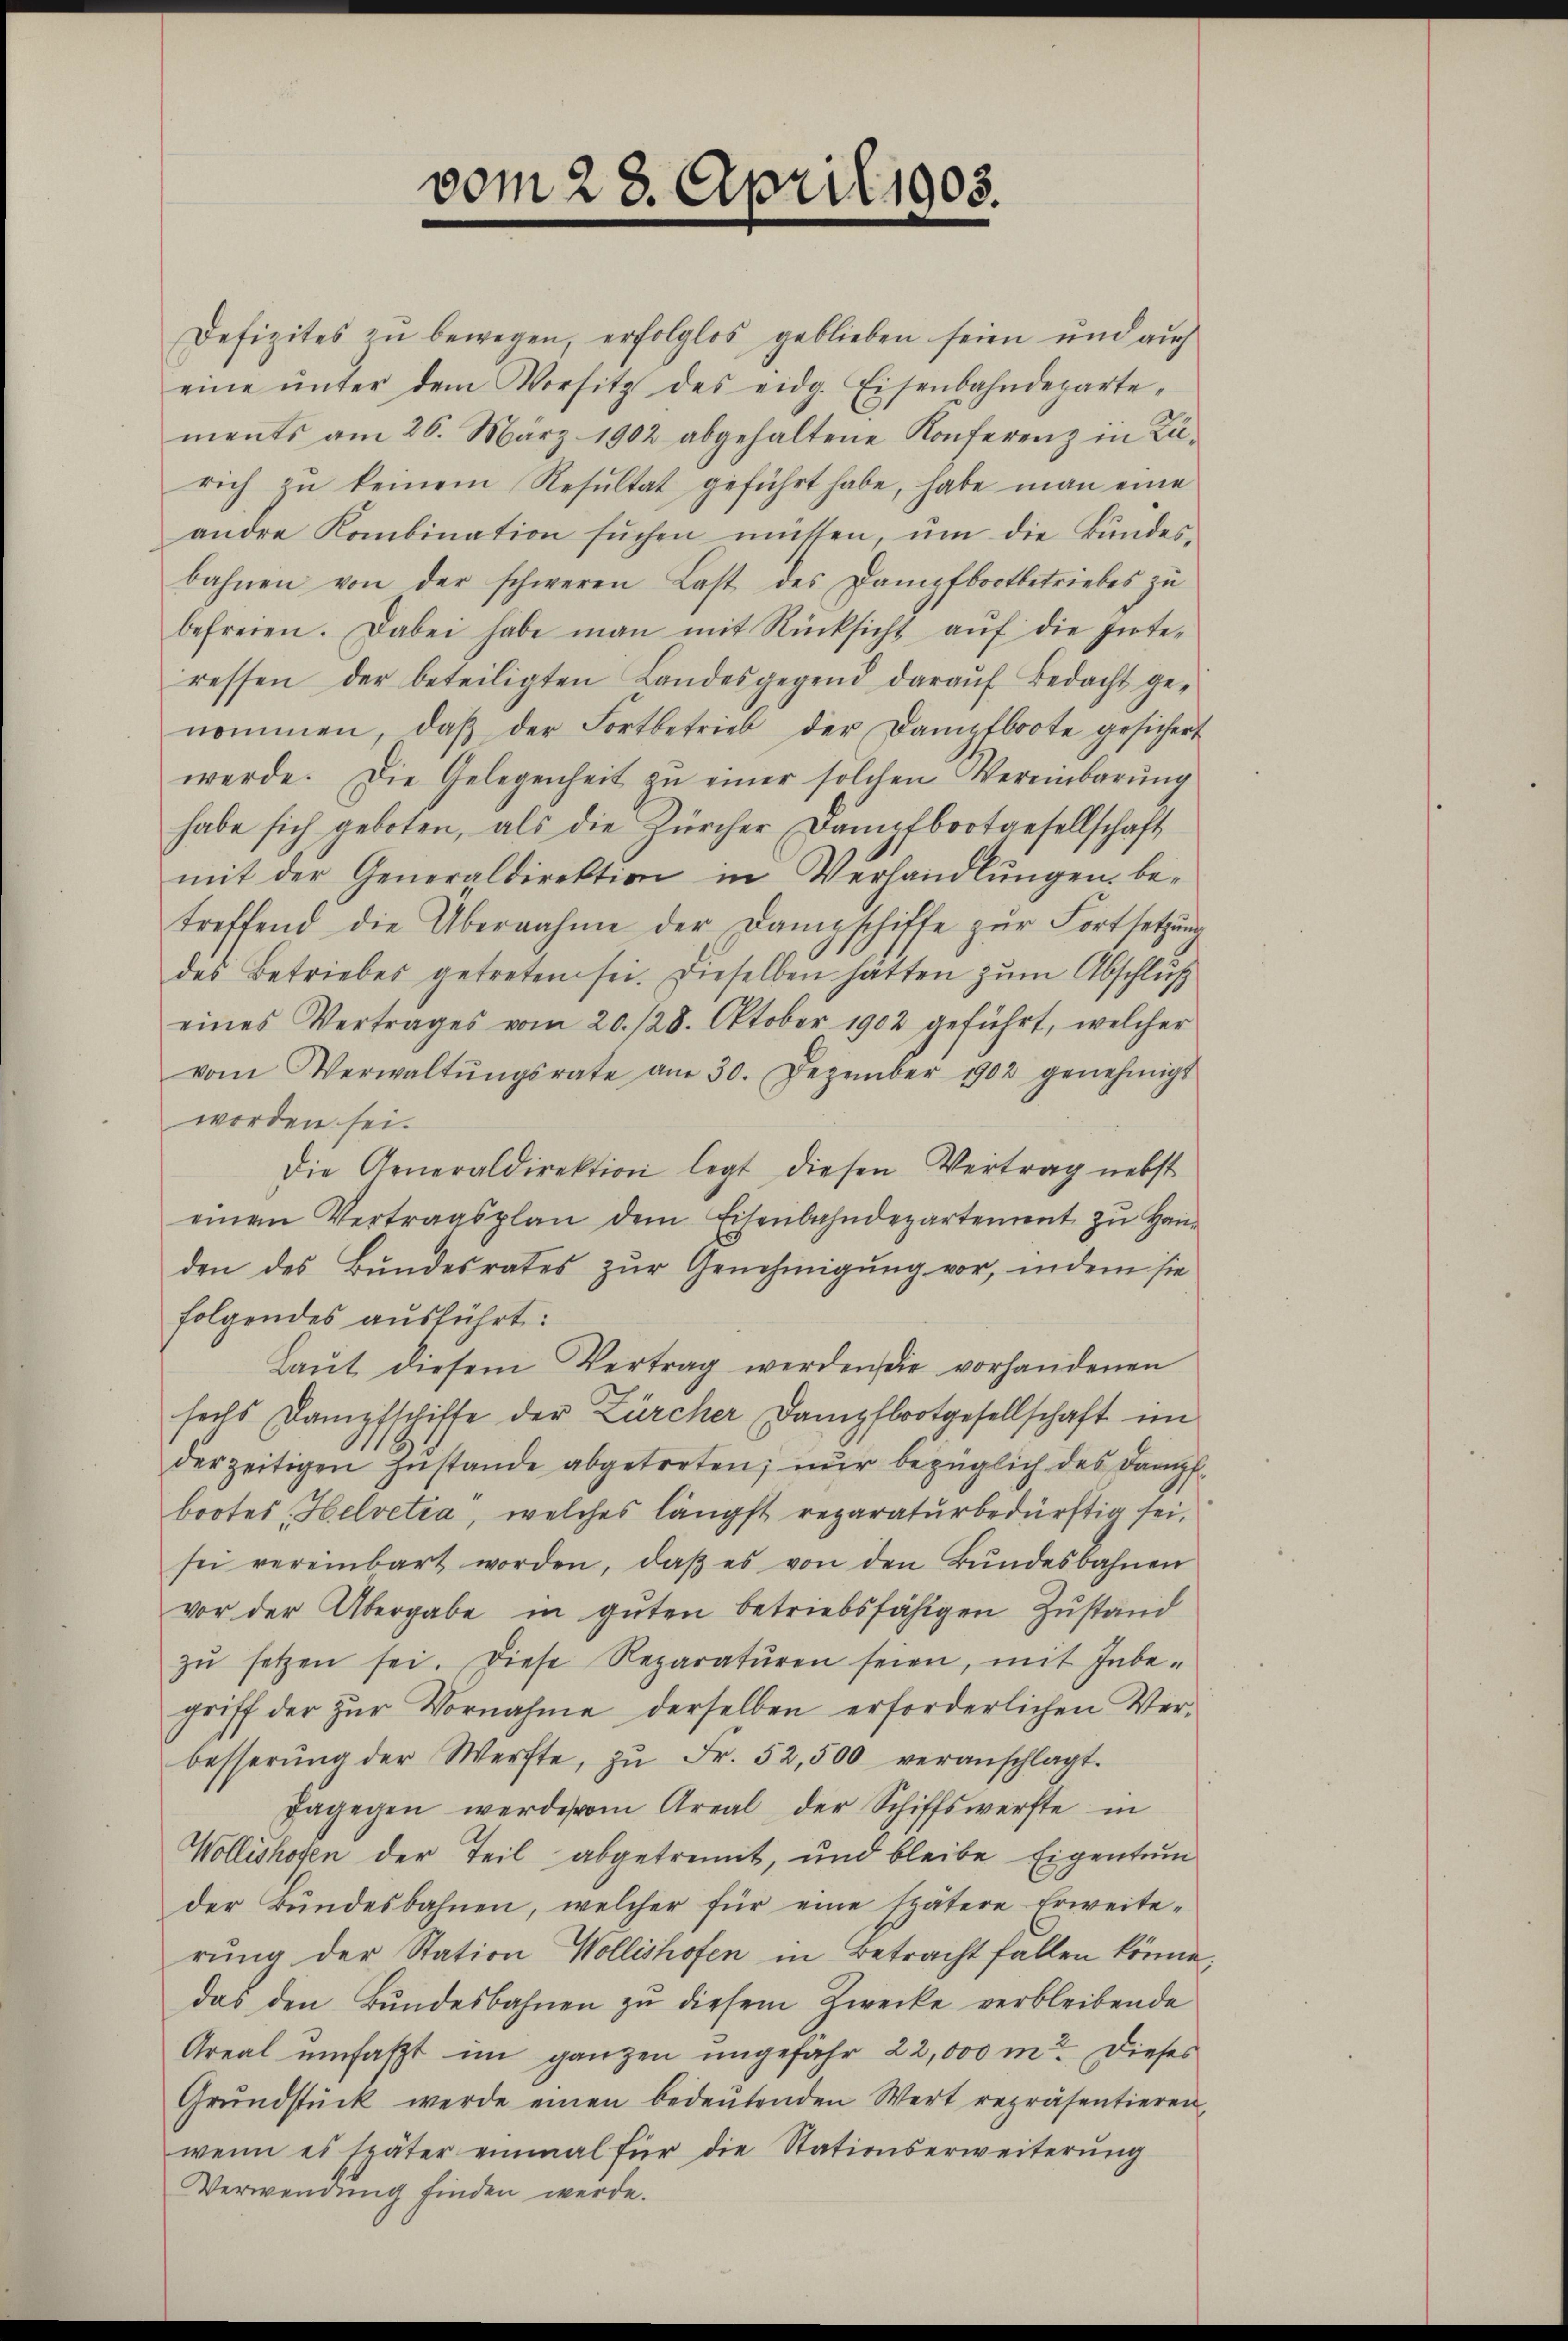
vom 28. April 1903.

Defizites zu bewegen, erfolglos geblieben seien und auch
eine ŭnter dem Vorsitz des eidg. Eisenbahndeparte,
ments am 26. März 1902 abgehaltene Konferenz in Ka-
rich zu keinem Resultat geführt habe, habe man eine
andere Kombination sŭchen mütten, ŭm die Bŭndes-
bahnen von der schweren Last des Dampfbootbetriebes zŭ
befreien. Dabei habe man mit Rücksicht aŭf die Inte-
ressen der beteiligten Landesgegend daraŭf Bedacht ge-
nommen, daβ der Fortbetrieb der Dampfboote gesichert
werde. Die Gelegenheit zŭ einer solchen Vereinbarŭng
habe sich geboten, als die Zürcher Dampfbootgesellschaft
mit der Generaldirektion in Verhandlungen betreffend die Übernahme der Dampschiffe zŭr Fortsetzŭng
des Betriebes getreten sei. Dieselben hätten zum Abschluß
eines Vertrages vom 20./28. Oktober 1902 geführt, welcher
vom Verwaltŭngsrate am 30. Dezember 1902 genehmigt
worden sei.
Die Generaldirektion legt diesen Vertrag nebst
einen Vertragsplan dem Eisenbahndepartement zŭ Han
den des Bŭndesrates zŭr Genehmigŭng vor, indem sie
folgendes ausführt:
Laŭt diesem Vertrag werden die vorhandenen
seils Dampfschiffe der Zürcher Dampfbootgesellschaft im
derzeitigen Zustande abgetreten; nur bezüglich des Dampf
bootes Helvetia, welches längst reparatŭrbedürftig sei.
sei vereinbart worden, daβ es von den Bŭndesbahnen
vor der Übergabe in guten betriebsfähigen Zustand
zŭ setzen sei. Diese Reparatŭren seien, mit Inbe-
griff der zŭr Vornahme derselben erforderlichen Ver-
besserŭng der Werfte, zŭ Fr. 52,500 veranschlagt.
dagegen werde vom Areal der Schiffswerfte in
Wollishofen der Teil abgetrennt, und bleibe Eigentum
der Bŭndesbahnen, welcher für eine spätere Erweite-
rung der Station Wollishofen in Betracht fallen könne,
das den Bundesbahnen zu diesem Zwecke verbleibende
Areal umfaßt im ganzen ungefahr 22,000 m. Dieses
Grŭndstück werde einen bedeŭtenden Wert repräsentieren,
wenn es später einmal für die Stationserweiterŭng
Verwendung finden werde.

7